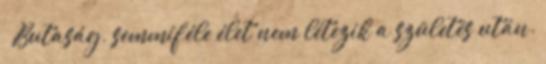
– Butaság, semmiféle élet nem létezik a születés után.